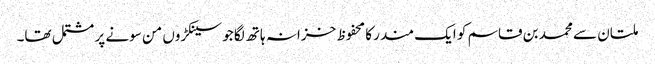
ملتان سے محمد بن قاسم کو ایک مندر کا محفوظ خزانہ ہاتھ لگا جو سینکڑوں من سونے پر مشتمل تھا۔